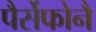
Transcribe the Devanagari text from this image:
पैर्सेफोनै